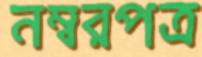
নম্বরপত্র